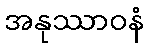
အနုဿာဝနံ